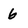
Character: 6